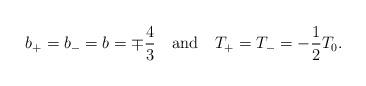
LaTeX: \begin{align*}b_+ =b_- = b = \mp\frac{4}{3}\,\,\,\,\,\, \mbox{and}\,\,\,\,\,\, T_+ =T_- =-\frac{1}{2}T_0 .\end{align*}